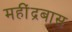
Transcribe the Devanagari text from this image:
महींद्रबास